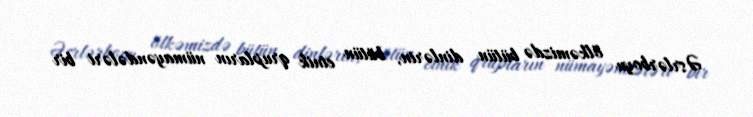
Əsrlərboyu ölkəmizdə bütün dinlərin, bütün etnik qrupların nümayəndələri bir